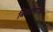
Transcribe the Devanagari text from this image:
बिबटेमांजर